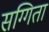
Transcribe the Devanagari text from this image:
सग्गिता